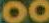
00